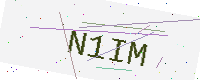
Text: N1IM